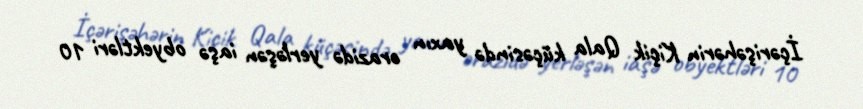
İçərişəhərin Kiçik Qala küçəsində yaxın ərazidə yerləşən iaşə obyektləri 10